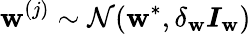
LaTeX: \boldsymbol{\mathbf{w}}^{(j)}\sim\mathcal{{N}}(\boldsymbol{\mathbf{w}}^{*},\delta_{\mathbf{w}}\boldsymbol{I}_{\mathbf{w}})